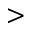
>